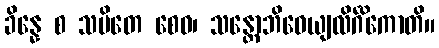
ခိန္နေ စ သမိတေ စေဝ၊ သန္တောဘိဓေယျလိင်္ဂိကောတိ။